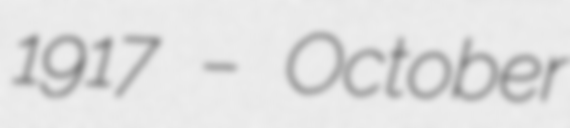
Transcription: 1917 – October